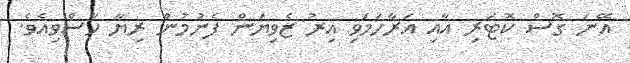
އޭނަ ގޮސް ކޮޓަރި އާއި އަރާހަމަވި އިރު ޒެވިޔަން ފެނުމުން ރިޔާ ހާސްވިއެވެ.